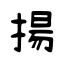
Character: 揚